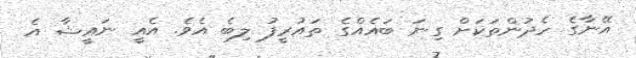
އޭނާގެ ހެދުންތަކަށް ގިނަ ބައެއްގެ ތައުރީފު ލިބެ އެވެ. އެއީ ނައީޝާ އެ